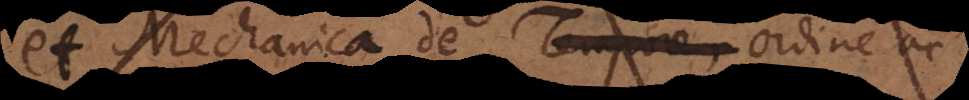
et Mechanica de Tempore, ordine ac